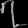
Digit: ၇